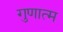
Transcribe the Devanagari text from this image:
गुणात्म